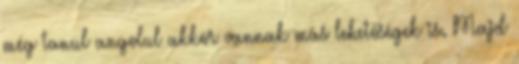
még tanul angolul akkor vannak más lehetőségek is. Majd